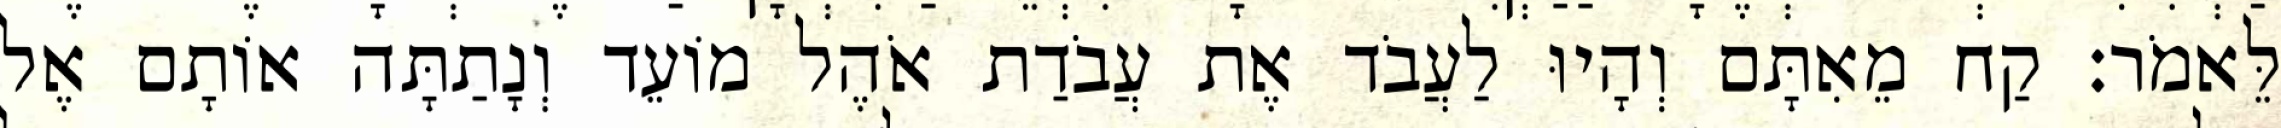
לֵּאמֹר׃ קַח מֵאִתָּם וְהָיוּ לַעֲבֹד אֶת עֲבֹדַת אֹהֶל מוֹעֵד וְנָתַתָּה אוֹתָם אֶל